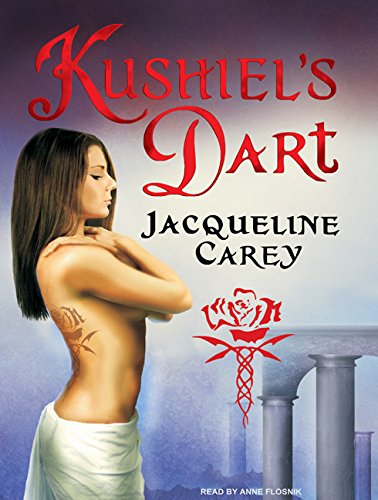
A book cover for Kushiel's Dart (Kushiel's Legacy); Jacqueline Carey; Romance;